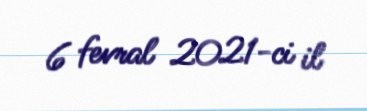
6 fevral 2021-ci il